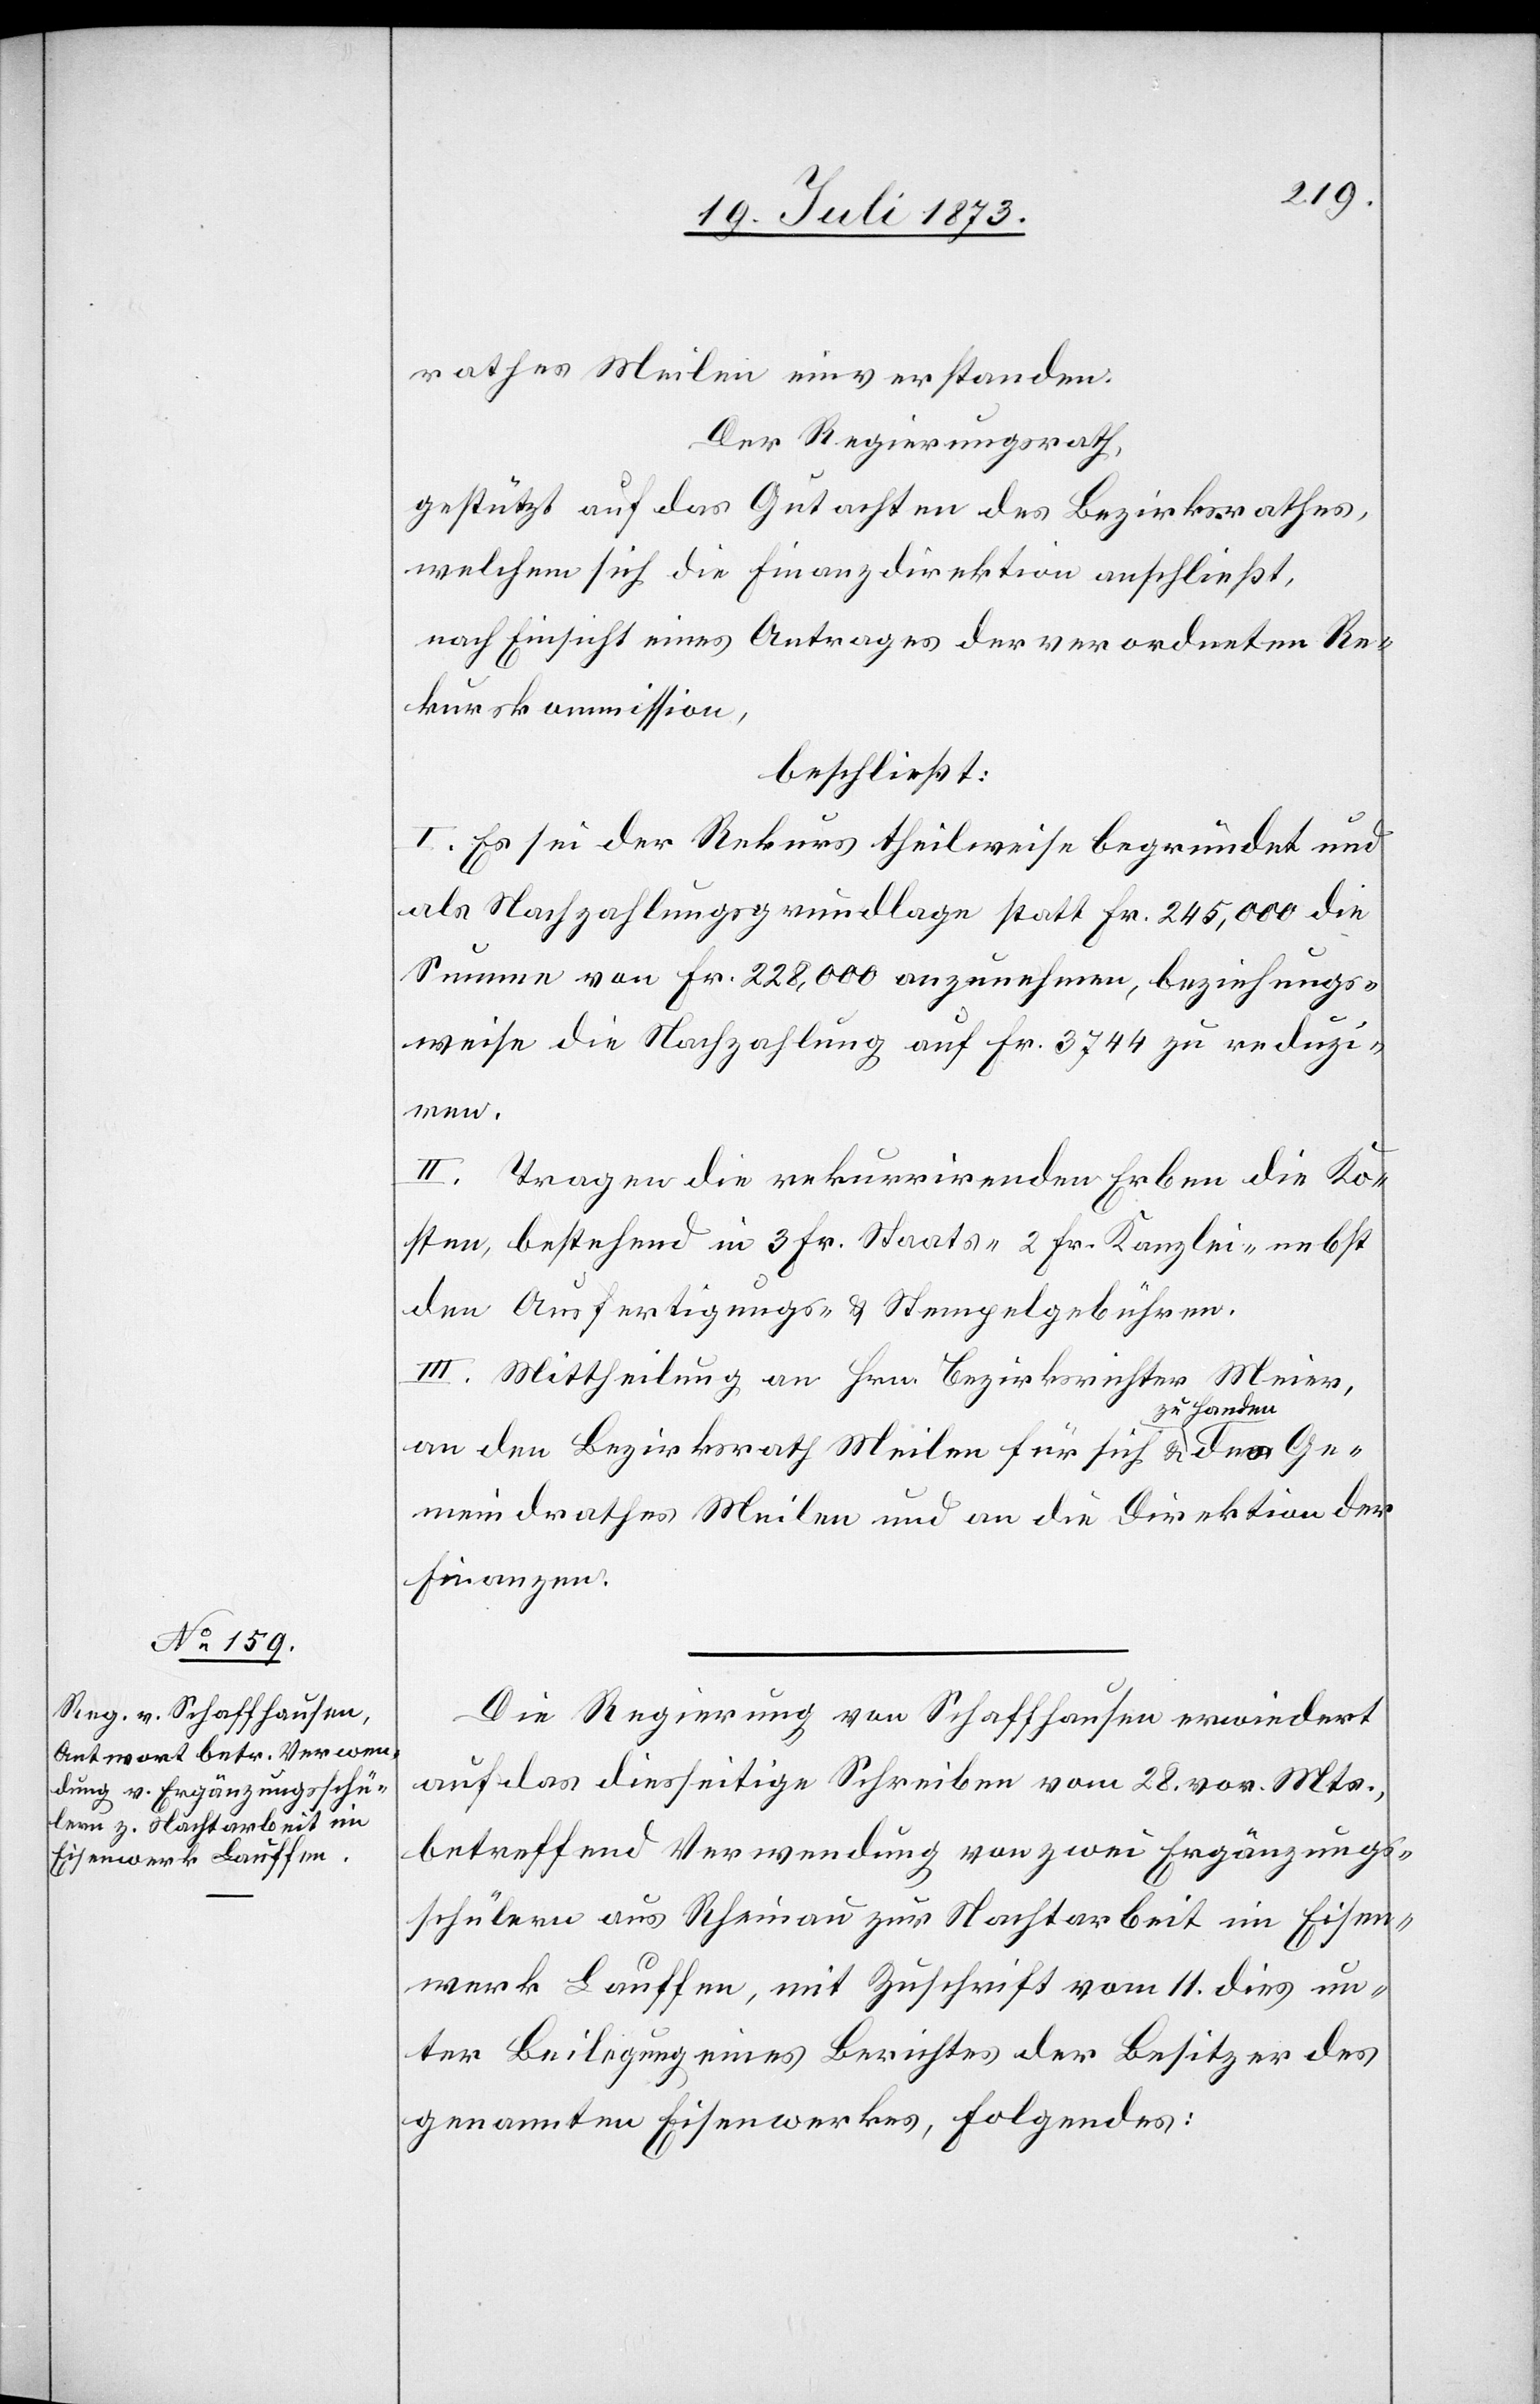
rathes Meilen einverstanden.
Der Regierungsrath,
gestützt auf das Gutachten des Bezirksrathes,
welchem sich die Finanzdirektion anschließt,
nach Einsicht eines Antrages der verordneten Re¬
kurskommission,
beschließt:
I. Es sei der Rekurs theilweise begründet und
als Nachzahlungsgrundlage statt Fr. 245,000 die
Summe von Fr. 228,000 anzunehmen, beziehungs¬
weise die Nachzahlung auf Fr. 3 744 zu reduzi¬
ren.
II. Tragen die rekurrirenden Erben die Ko¬
sten, bestehend in 3 Fr. Staats- 2 Fr. Kanzlei- nebst
den Ausfertigungs- & Stempelgebühren.
III. Mittheilung an Hrn. Bezirksrichter Meier,
an den Bezirksrath Meilen für sich & zu Handen des Ge¬
meindrathes Meilen und an die Direktion der
Finanzen.
Die Regierung von Schaffhausen erwiedert
auf das diesseitige Schreiben vom 28. vor. Mts.,
betreffend Verwendung von zwei Ergänzungs¬
schülern aus Rheinau zur Nachtarbeit im Eisen¬
werk Lauffen, mit Zuschrift vom 11. dies un¬
ter Beilegung eines Berichtes der Besitzer des
genannten Eisenwerkes, Folgendes: